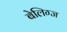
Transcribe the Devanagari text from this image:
बेलिग्ज